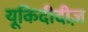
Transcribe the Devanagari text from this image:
यूकिदीदीज़